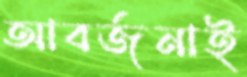
আবর্জনাই